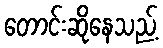
တောင်းဆိုနေသည့်